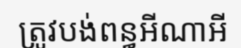
ត្រូវបង់ពន្ធអីណាអី